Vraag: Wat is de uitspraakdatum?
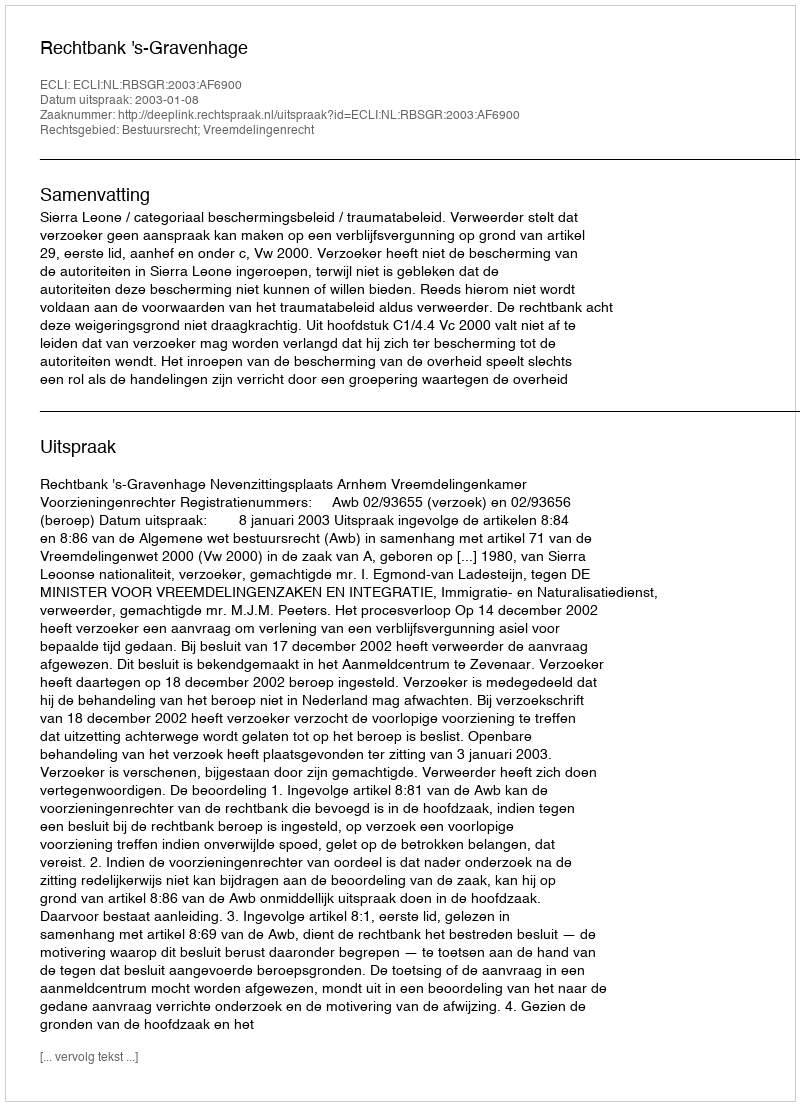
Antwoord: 2003-01-08